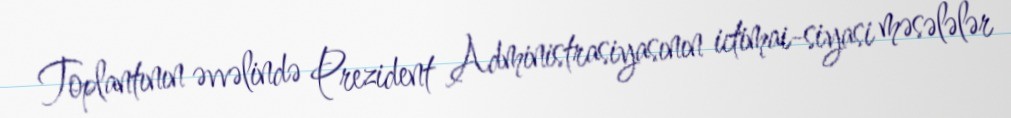
Toplantının əvvəlində Prezident Administrasiyasının ictimai-siyasi məsələlər